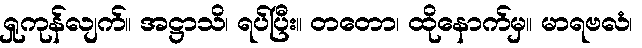
ရှုကုန်လျက်။ အဋ္ဌာသိ၊ ရပ်ပြီး။ တတော၊ ထိုနောက်မှ။ မာရဗလံ၊